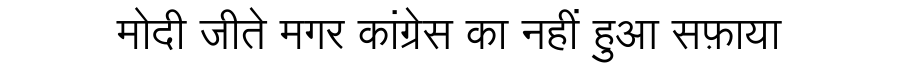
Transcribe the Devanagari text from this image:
मोदी जीते मगर कांग्रेस का नहीं हुआ सफ़ाया